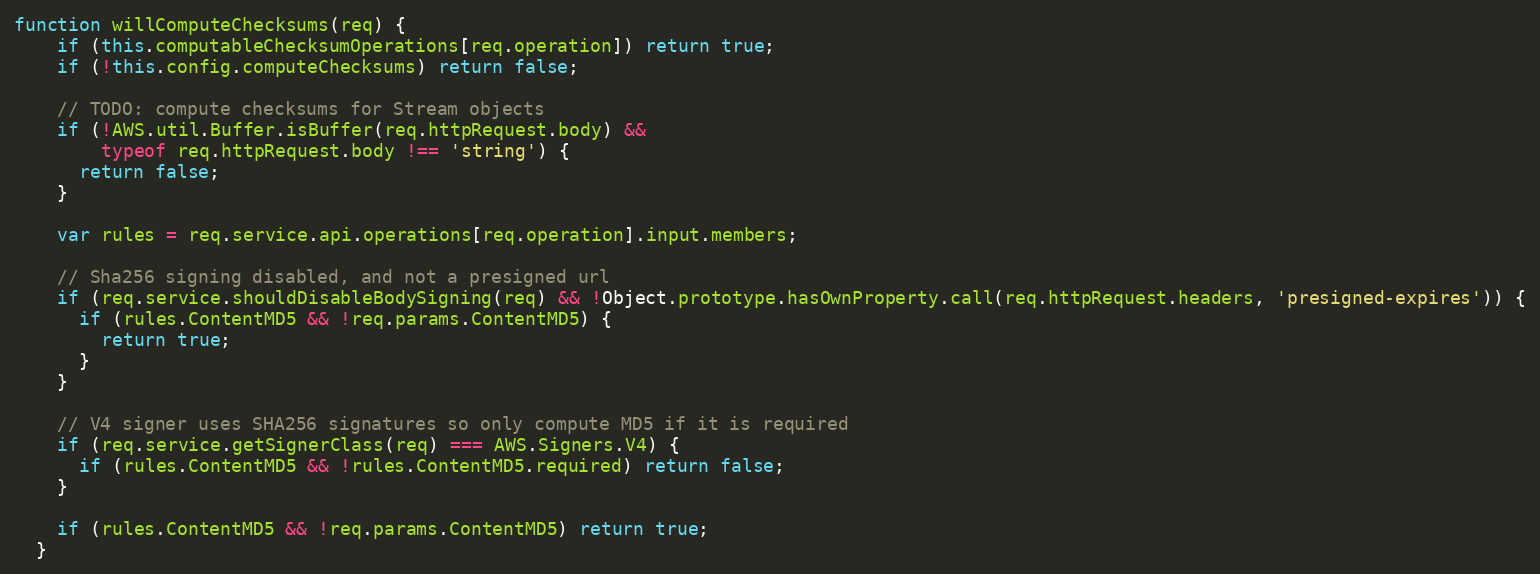
Language: JavaScript
function willComputeChecksums(req) {
    if (this.computableChecksumOperations[req.operation]) return true;
    if (!this.config.computeChecksums) return false;

    // TODO: compute checksums for Stream objects
    if (!AWS.util.Buffer.isBuffer(req.httpRequest.body) &&
        typeof req.httpRequest.body !== 'string') {
      return false;
    }

    var rules = req.service.api.operations[req.operation].input.members;

    // Sha256 signing disabled, and not a presigned url
    if (req.service.shouldDisableBodySigning(req) && !Object.prototype.hasOwnProperty.call(req.httpRequest.headers, 'presigned-expires')) {
      if (rules.ContentMD5 && !req.params.ContentMD5) {
        return true;
      }
    }

    // V4 signer uses SHA256 signatures so only compute MD5 if it is required
    if (req.service.getSignerClass(req) === AWS.Signers.V4) {
      if (rules.ContentMD5 && !rules.ContentMD5.required) return false;
    }

    if (rules.ContentMD5 && !req.params.ContentMD5) return true;
  }